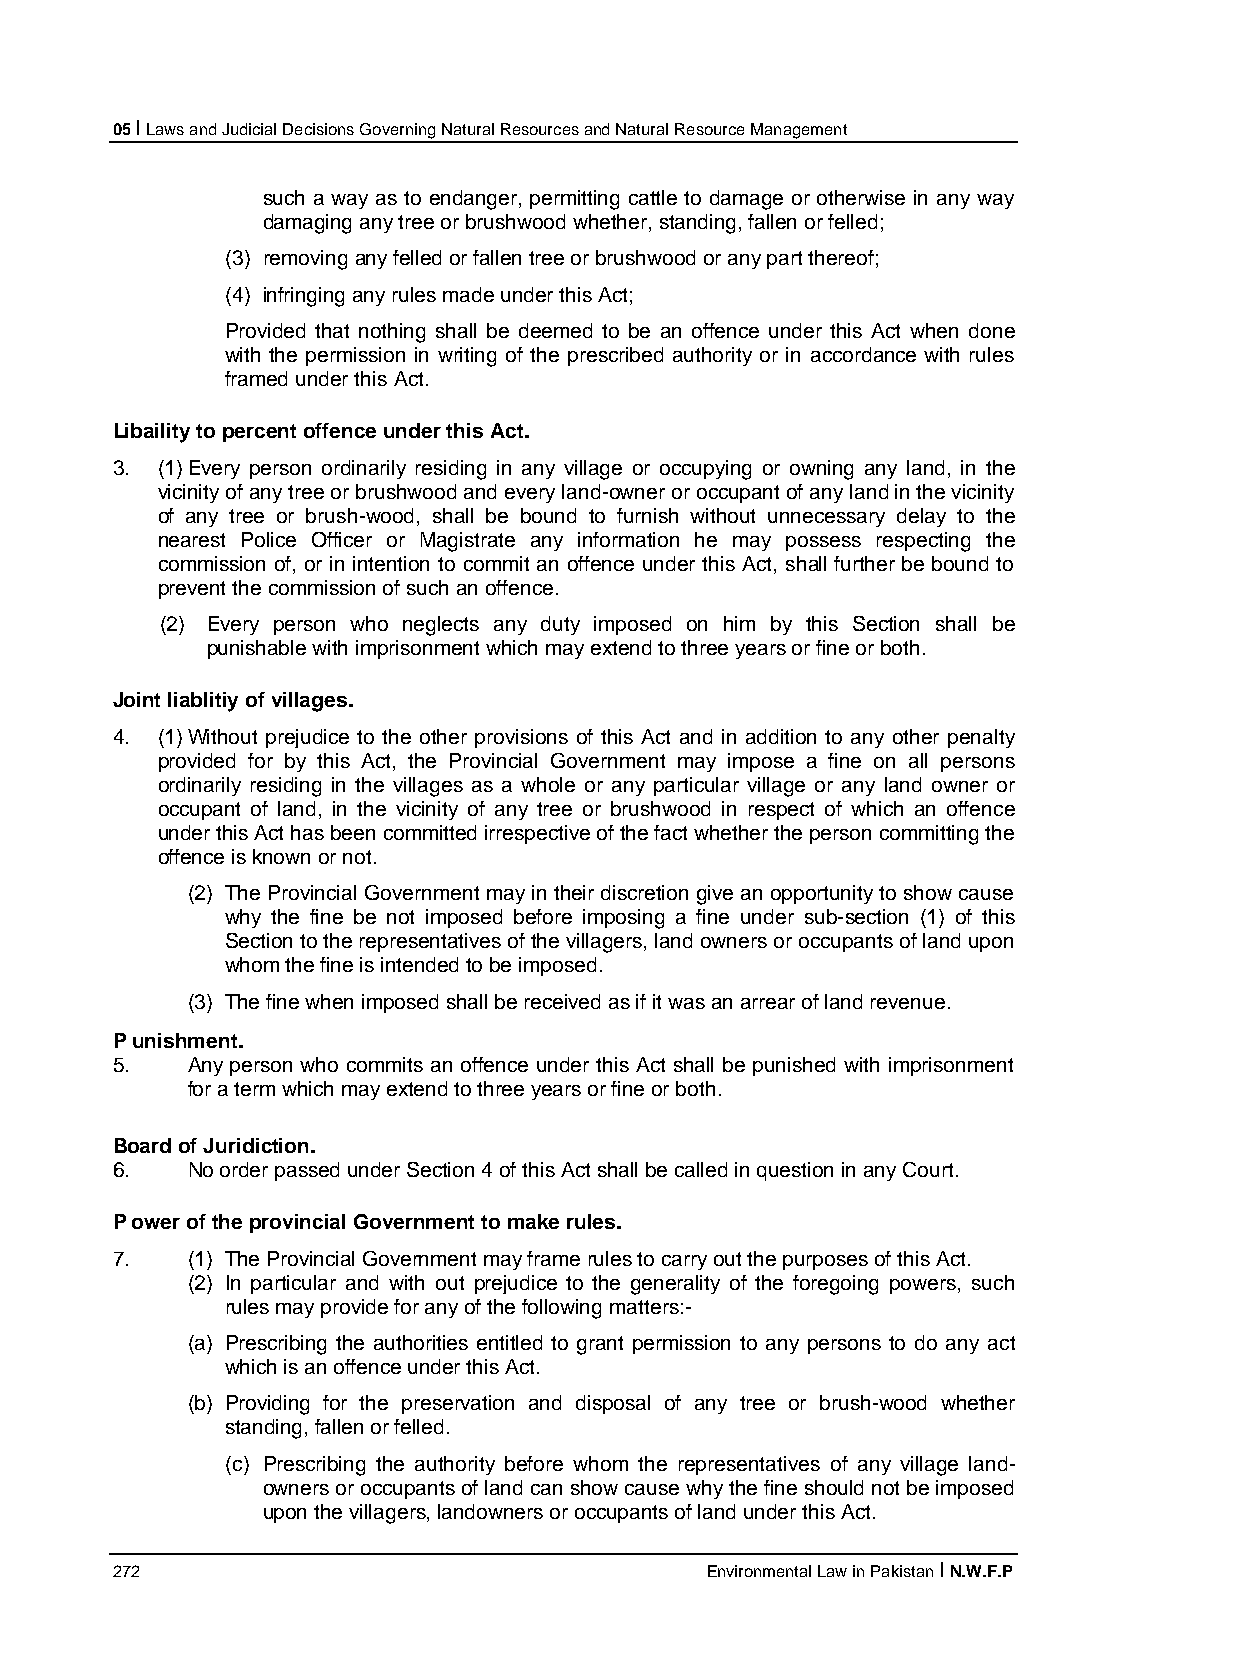
05 I Laws and Judicial Decisions Governing Natural Resources and Natural Resource Management
 such a way as to endanger, permitting cattle to damage or otherwise in any way
 damaging any tree or brushwood whether, standing, fallen or felled;
 (3) removing any felled or fallen tree or brushwood or any part thereof;
 (4) infringing any rules made under this Act;
 Provided that nothing shall be deemed to be an offence under this Act when done
 with the permission in writing of the prescribed authority or in accordance with rules
 framed under this Act.
 Libaility to percent offence under this Act.
 3. (1) Every person ordinarily residing in any village or occupying or owning any land, in the
 vicinity of any tree or brushwood and every land-owner or occupant of any land in the vicinity
 of any tree or brush-wood, shall be bound to furnish without unnecessary delay to the
 nearest Police Officer or Magistrate any information he may possess respecting the
 commission of, or in intention to commit an offence under this Act, shall further be bound to
 prevent the commission of such an offence.
 (2) Every person who neglects any duty imposed on him by this Section shall be
 punishable with imprisonment which may extend to three years or fine or both.
 Joint liablitiy of villages.
 4. (1) Without prejudice to the other provisions of this Act and in addition to any other penalty
 provided for by this Act, the Provincial Government may impose a fine on all persons
 ordinarily residing in the villages as a whole or any particular village or any land owner or
 occupant of land, in the vicinity of any tree or brushwood in respect of which an offence
 under this Act has been committed irrespective of the fact whether the person committing the
 offence is known or not.
 (2) The Provincial Government may in their discretion give an opportunity to show cause
 why the fine be not imposed before imposing a fine under sub-section (1) of this
 Section to the representatives of the villagers, land owners or occupants of land upon
 whom the fine is intended to be imposed.
 (3) The fine when imposed shall be received as if it was an arrear of land revenue.
 P unishment.
 5.   Any person who commits an offence under this Act shall be punished with imprisonment
 for a term which may extend to three years or fine or both.
 Board of Juridiction.
 6.   No order passed under Section 4 of this Act shall be called in question in any Court.
 P ower of the provincial Government to make rules.
 7.   (1) The Provincial Government may frame rules to carry out the purposes of this Act.
 (2) In particular and with out prejudice to the generality of the foregoing powers, such
 rules may provide for any of the following matters:-
 (a) Prescribing the authorities entitled to grant permission to any persons to do any act
 which is an offence under this Act.
 (b) Providing for the preservation and disposal of any tree or brush-wood whether
 standing, fallen or felled.
 (c) Prescribing the authority before whom the representatives of any village land-
 owners or occupants of land can show cause why the fine should not be imposed
 upon the villagers, landowners or occupants of land under this Act.
 272                                     Environmental Law in Pakistan I N.W.F.P